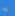
تود